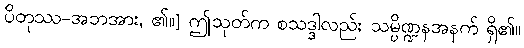
ပိတုဿ-အဘအား, ၏။] ဤသုတ်က စသဒ္ဒါလည်း သမ္ပိဏ္ဍနအနက် ရှိ၏။